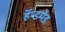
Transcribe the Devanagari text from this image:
हॅन्डमेड